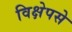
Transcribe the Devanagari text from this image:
विक्षेपसे